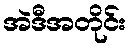
အဲဒီအတိုင်း